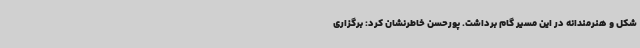
شکل و هنرمندانه در این مسیر گام برداشت. پورحسن خاطرنشان کرد: برگزاری